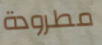
مطرودة